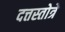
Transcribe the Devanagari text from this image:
दत्तस्तोत्रे